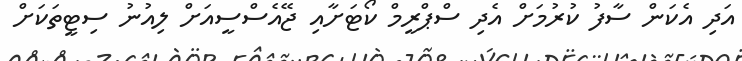
އަދި އެކަން ސާފު ކުރުމަށް އެދި ސްޕްރީމް ކޯޓަށާއި ޖޭއެސްސީއަށް ލިއުނު ސިޓީތަކަށް